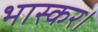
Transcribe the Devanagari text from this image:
भास्कर।